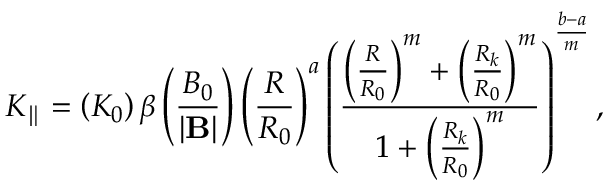
K _ { \parallel } = \left( K _ { 0 } \right) \beta \left( \frac { B _ { 0 } } { \left| \mathbf { B } \right| } \right) \left( \frac { R } { R _ { 0 } } \right) ^ { a } \left( \frac { \left( \frac { R } { R _ { 0 } } \right) ^ { m } + \left( \frac { R _ { k } } { R _ { 0 } } \right) ^ { m } } { 1 + \left( \frac { R _ { k } } { R _ { 0 } } \right) ^ { m } } \right) ^ { \frac { b - a } { m } } ,